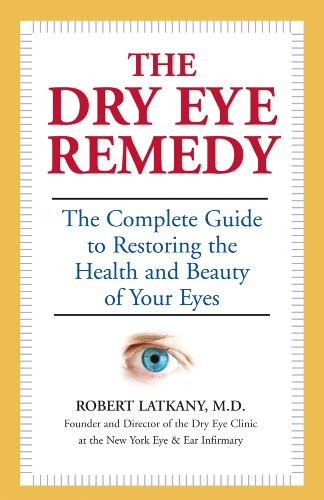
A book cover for The Dry Eye Remedy: The Complete Guide to Restoring the Health and Beauty of Your Eyes; Robert Latkany; Parenting & Relationships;